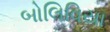
બોલિવિયા